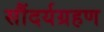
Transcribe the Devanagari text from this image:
सौंदर्यग्रहण